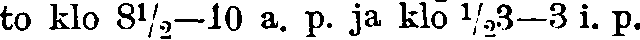
to klo 8½—10 a. p. ja klo ½3—3 i. p.